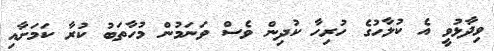
ވިދާޅުވީ އެ ކުލާހުގެ ހުރިހާ ކުދިން ވެސް ވަނަމުން މުހާތަބު ކުރާ ކަމަށާއި